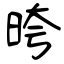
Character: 晇